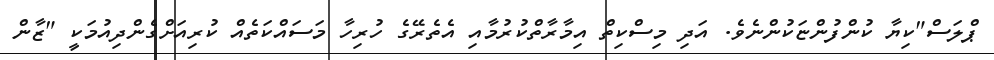
ޕްލަސް"ކިޔާ ކުންފުންޏަކުންނެވެ. އަދި މިސްކިތް އިމާރާތްކުރުމާއި އެތެރޭގެ ހުރިހާ މަސައްކަތެއް ކުރިއަށްގެންދިއުމަކީ "ޒާން